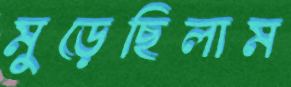
মুড়েছিলাম